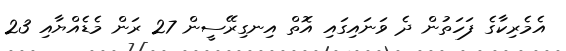
އެމެރިކާގެ ފަހަތުން ދެ ވަނައިގައި އޮތް އިނގިރޭސީން 27 ރަން މެޑެއްޔާއި 23